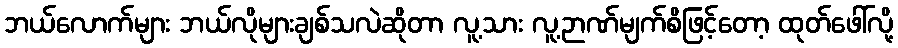
ဘယ်လောက်များ ဘယ်လိုများချစ်သလဲဆိုတာ လူ့သား လူ့ဉာဏ်မျက်စိဖြင့်တော့ ထုတ်ဖေါ်လို့